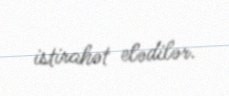
istirahət elədilər.